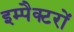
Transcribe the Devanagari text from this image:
इम्पैक्टरों